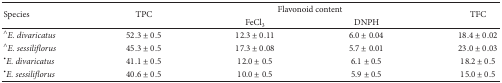
| <ROWSPAN=2> Species | <ROWSPAN=2> TPC | <COLSPAN=2> Flavonoid content | <ROWSPAN=2> TFC |
 | FeCl3 | DNPH |
 | --- | --- | --- | --- | --- |
 | ∧E. divaricatus | 52.3 ± 0.5 | 12.3 ± 0.11 | 6.0 ± 0.04 | 18.4 ± 0.02 |
 | ∧E. sessiliflorus | 45.3 ± 0.5 | 17.3 ± 0.08 | 5.7 ± 0.01 | 23.0 ± 0.03 |
 | ∙E. divaricatus | 41.1 ± 0.5 | 12.0 ± 0.5 | 6.1 ± 0.5 | 18.2 ± 0.5 |
 | ∙E. sessiliflorus | 40.6 ± 0.5 | 10.0 ± 0.5 | 5.9 ± 0.5 | 15.0 ± 0.5 |